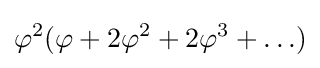
\varphi ^{2}(\varphi +2\varphi ^{2}+2\varphi ^{3}+\ldots )